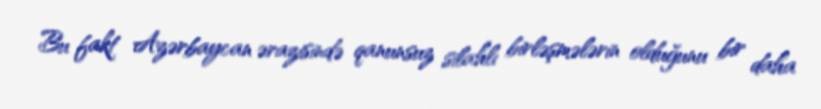
Bu fakt Azərbaycan ərazisində qanunsuz silahlı birləşmələrin olduğunu bir daha